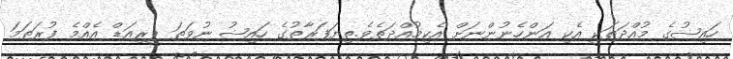
ހައިޟުގެ މުއްދަތަކީ އެކި އަންހެނުންނަށް އެކިމުއްދަތެވެ.ތިޔަފަރާތުގެ ހައިޟު ނުވަތަ ޕީރިއަޑް އެއްމެ ފުރަތަމަ